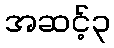
အဆင့်၃